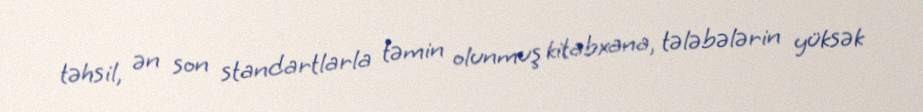
təhsil, ən son standartlarla təmin olunmuş kitabxana, tələbələrin yüksək